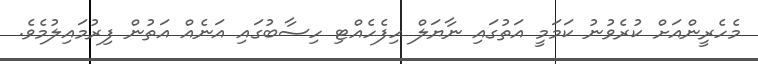
މެހެރީންއަށް ކުރެވުނު ކަމަމީ އަތުގައި ނާޔަލް ހިފެހެއްޓި ހިސާބުގައި އަނެއް އަތުން ފިރުމައިލުމެވެ.